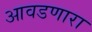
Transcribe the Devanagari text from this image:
आवडणारा